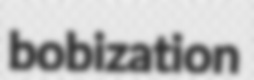
bobization